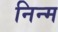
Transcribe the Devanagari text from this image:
निन्‍म